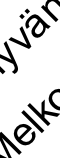
e ä